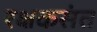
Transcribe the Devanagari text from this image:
रक्षकसंत